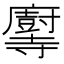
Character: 𫴶